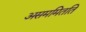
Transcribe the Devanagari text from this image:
असममितति